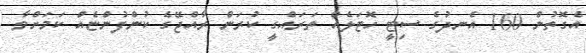
އެގޮތުން 160 އެނދުގެ ސިޓީ ހޮޓަލެއް ތަރައްގީ ކުރަން ރާއްޖޭގެ ކުންފުންޏެއް ކަމަށްވާ